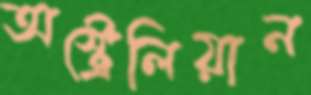
অস্ট্রেলিয়ান